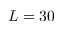
L = 3 0